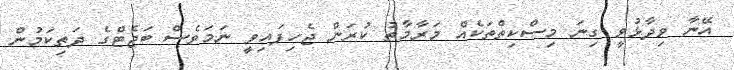
އޭނާ ވިދާޅުވީ ގިނަ މިސްކިތްތަކެއް މަރާމާތު ކުރަން ޖެހިފައިވީ ނަމަވެސް ބަޖެޓްގެ ދަތިކަމުން